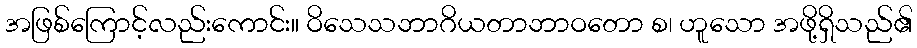
အဖြစ်ကြောင့်လည်းကောင်း။ ဝိသေသဘာဂိယတာဘာဝတော စ၊ ဟူသော အဖို့ရှိသည်၏